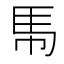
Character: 𮩵